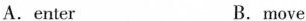
A.enter B.move